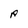
Character: R